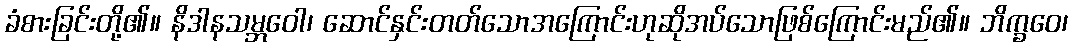
ခံစားခြင်းတို့၏။ နိဒါနသမ္ဘဝေါ၊ ဆောင်နှင်းတတ်သောအကြောင်းဟုဆိုအပ်သောဖြစ်ကြောင်းမည်၏။ ဘိက္ခဝေ၊